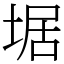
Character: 𡍄